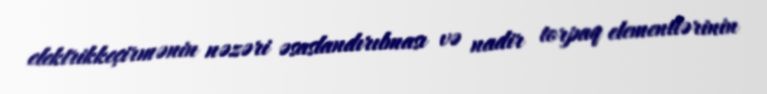
elektrikkeçirmənin nəzəri əsaslandırılması və nadir torpaq elementlərinin